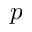
p